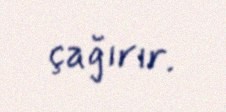
çağırır.